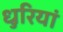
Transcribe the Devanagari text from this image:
धुरियां